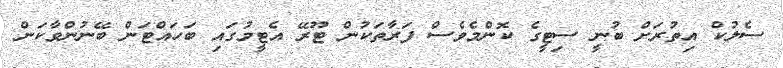
ސެލުކް އިތުރަށް ބުނީ ސިޓީގެ ކޮންމެވެސް ފަރާތަކުން ޓޫރޭ އެޓީމުގައި ބަހައްޓަން ބޭނުންވާކަން